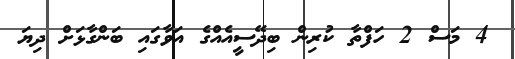
4 މަސް 2 ހަފްތާ ކުރިން ބިދޭސީއެއްގެ އަވާގައި ބަންގާޅަށް ދިޔަ